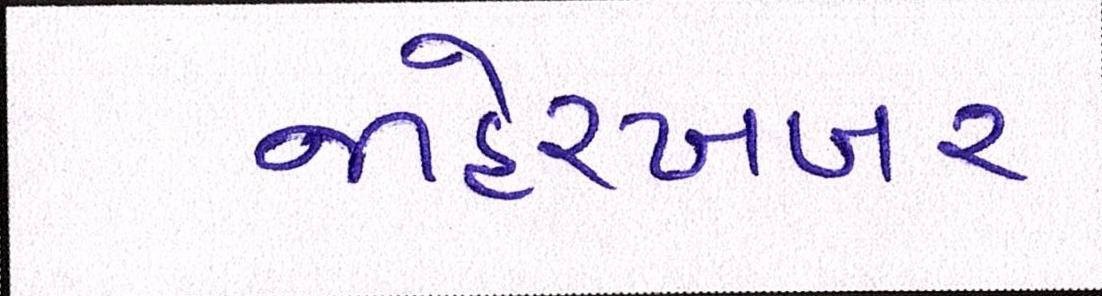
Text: જાહેરખબર